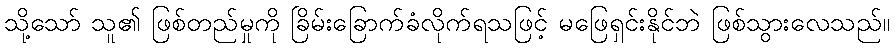
သို့သော် သူ၏ ဖြစ်တည်မှုကို ခြိမ်းခြောက်ခံလိုက်ရသဖြင့် မဖြေရှင်းနိုင်ဘဲ ဖြစ်သွားလေသည်။